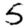
Digit: 5